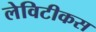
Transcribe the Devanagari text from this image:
लेविटीकस